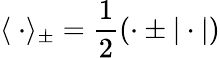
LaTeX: \langle\ \cdot\rangle_{\pm}=\frac{1}{2}(\cdot\pm|\cdot|)